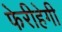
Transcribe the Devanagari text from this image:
फेरीहेगी